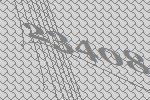
23408